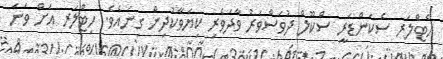
ހެޓްލަރ ސެކަންޑަރީ ސްކޫލް ދުވަސްވަރު ވާދަވެރި ކިޔަވާކުދިން ގިނައެވެ. ހިޓްލަރ އަށް ވަނަ